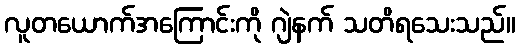
လူတယောက်အကြောင်းကို ဂျဲနက် သတိရသေးသည်။